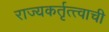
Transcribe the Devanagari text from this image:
राज्यकर्तृत्त्वाची